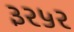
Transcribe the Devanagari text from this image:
३२५२